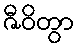
ဇီဝိတွာ